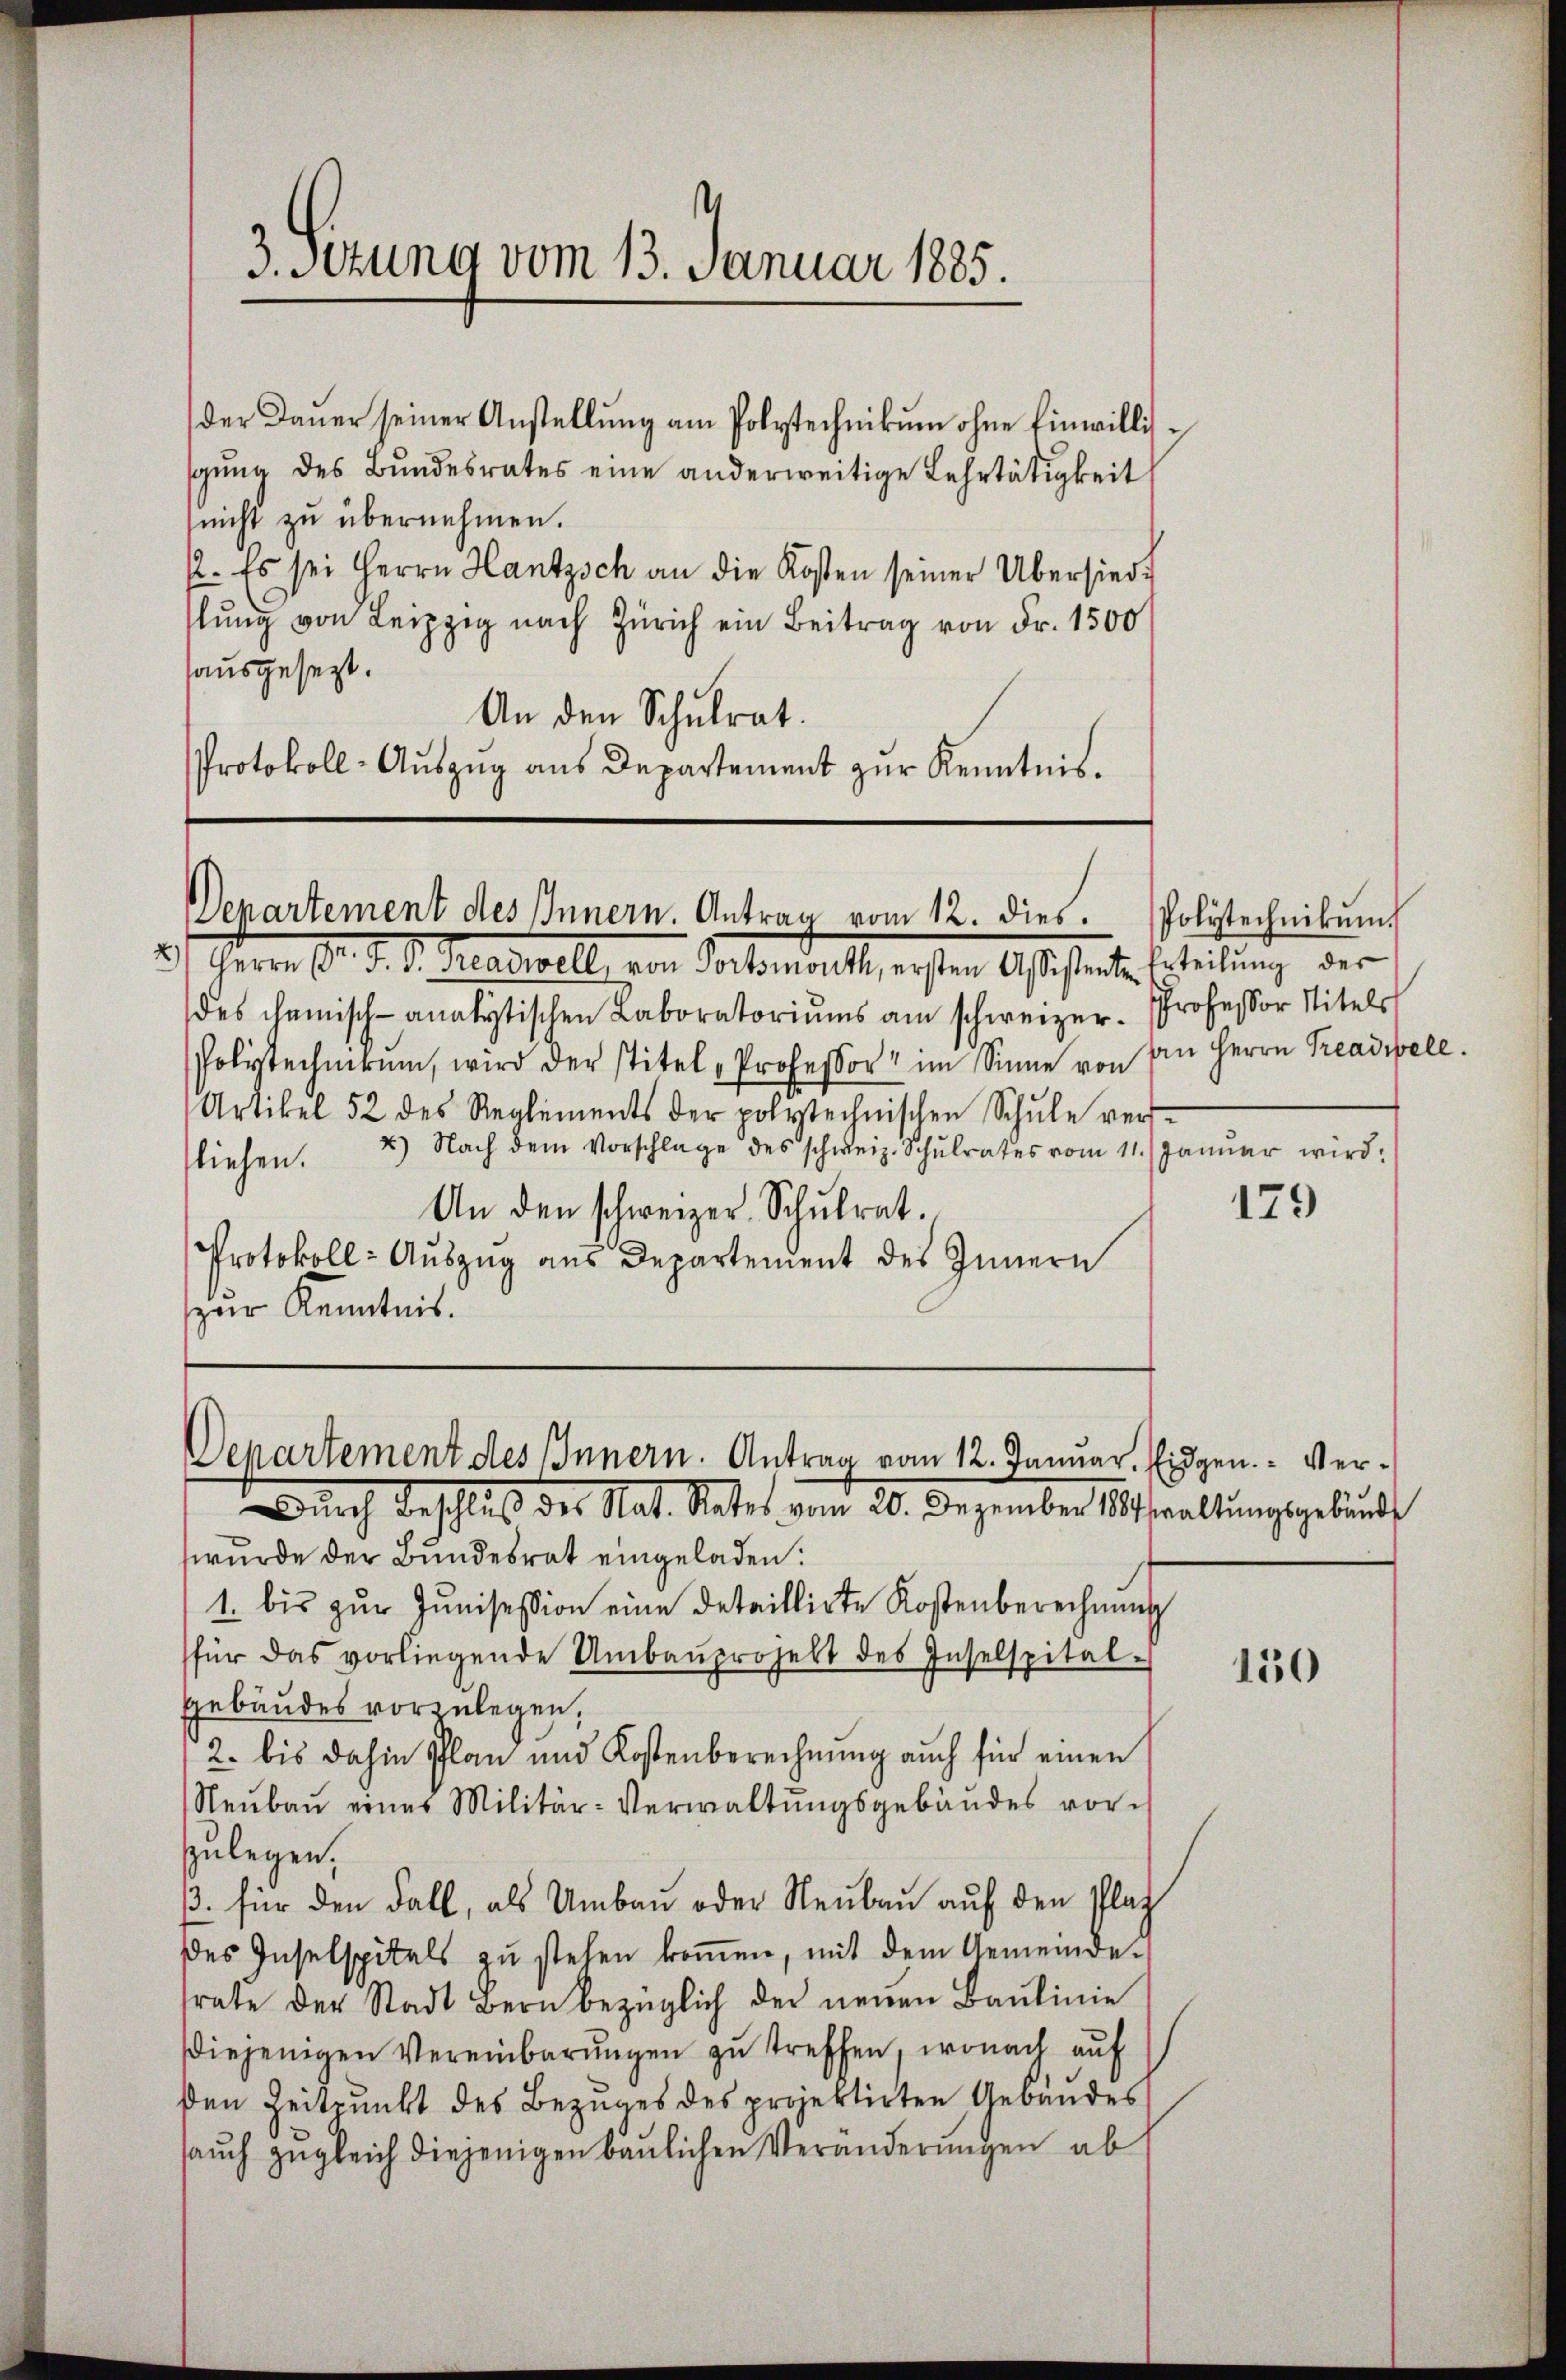
3. Setzung vom 13. Januar 1885.

der Daŭer seiner Anstellŭng am Polytechnikum ohne Einwillis-
sgŭng des Bundesrates eine anderweitige Lehrtätigkeit
nicht zu übernehmen.
2. Es sei Herrn Hantzsch an die Kosten seiner Übersied
lŭng von Leipzig nach Zürich ein Beitrag von Fr. 1500
sausgesezt.
An den Schulrat.
Protokoll-Auszug aus Departement zur Kenntnis.

Denartement des Innern. Antrag vom 12. dies. Polytechnikŭm

Departement des Innern. Antrag vom 12. Januar. Eidgen. Ver¬

An Herrn Treadibell.

2.) Herrn D. M. D. Redewell, von Portemont, ersten Assistente Erteilung der
des chemisch-analytischen Laboratoriŭms am schweizer. Professor Titels
Polytechnikum, wird der stitel Professor im Sinne von
Artikel 52 des Reglements der polytechnischen Schŭle ver-
liehen. 2) Nach dem Vorschlage des schweiz. Schŭlrates vom 11. Januar wird:
An den schweizer. Schŭlrat.
Protokoll: Auszug aus Departement des Innern
zur Kenntnis.

Dŭrch Beschluß der Nat. Rates vom 20. Dezember waltŭngsgebund
wurde der Bundesrat eingeladen:
1. bis zŭr Jŭnisession eine detaillirte Kostenberechnung
für das vorliegende Umbaŭprojekt des Inselspital-
Gebäudes vorzulegen.
2. bis dahin Plan und Kostenberechnung auch für einen
Neŭbaŭ eines Militär-Verwaltŭngsgebäudes vorzulegen.
ß. für den Fall, als Umbau oder Neubau auf den Platz
des Inselspitals zu stehen koṁen, mit dem Gemeinde
trate der Stadt Bern bezüglich der neŭen Baŭlinie
Diejenigen Vereinbarŭngen zŭ treffen, wonach auf
den Zeitpunkt des Bezuges des projektirten Gebäudes
saŭch zugleich diejenigen baŭlichen Veränderungen ab

179

150